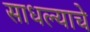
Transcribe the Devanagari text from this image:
साधल्याचे